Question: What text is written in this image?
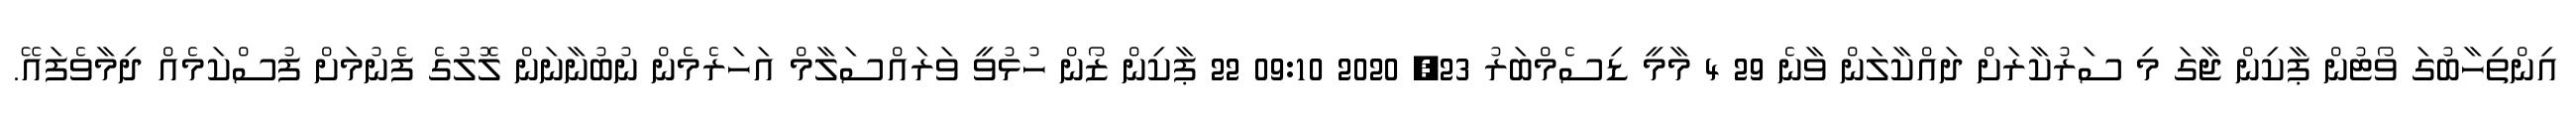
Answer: އިންތިހާބުގަ ވޯޓުން ޕާކިން ޖާގަ މި ސަރުކާރަށް ދައްކާލަން ވާނެ 29 4 މާމީ ޑިސެމްބަރު 23, 2020 09:10 22 ޕާކިން ޒޯން ހުޅުވީ ވަރައްސަލާމް އަހަރެމެން ނުބުނާނަން ލޮލުގެ ފެނުމަށް ފުސްކަމެއް ދިމާވެފައޭ.